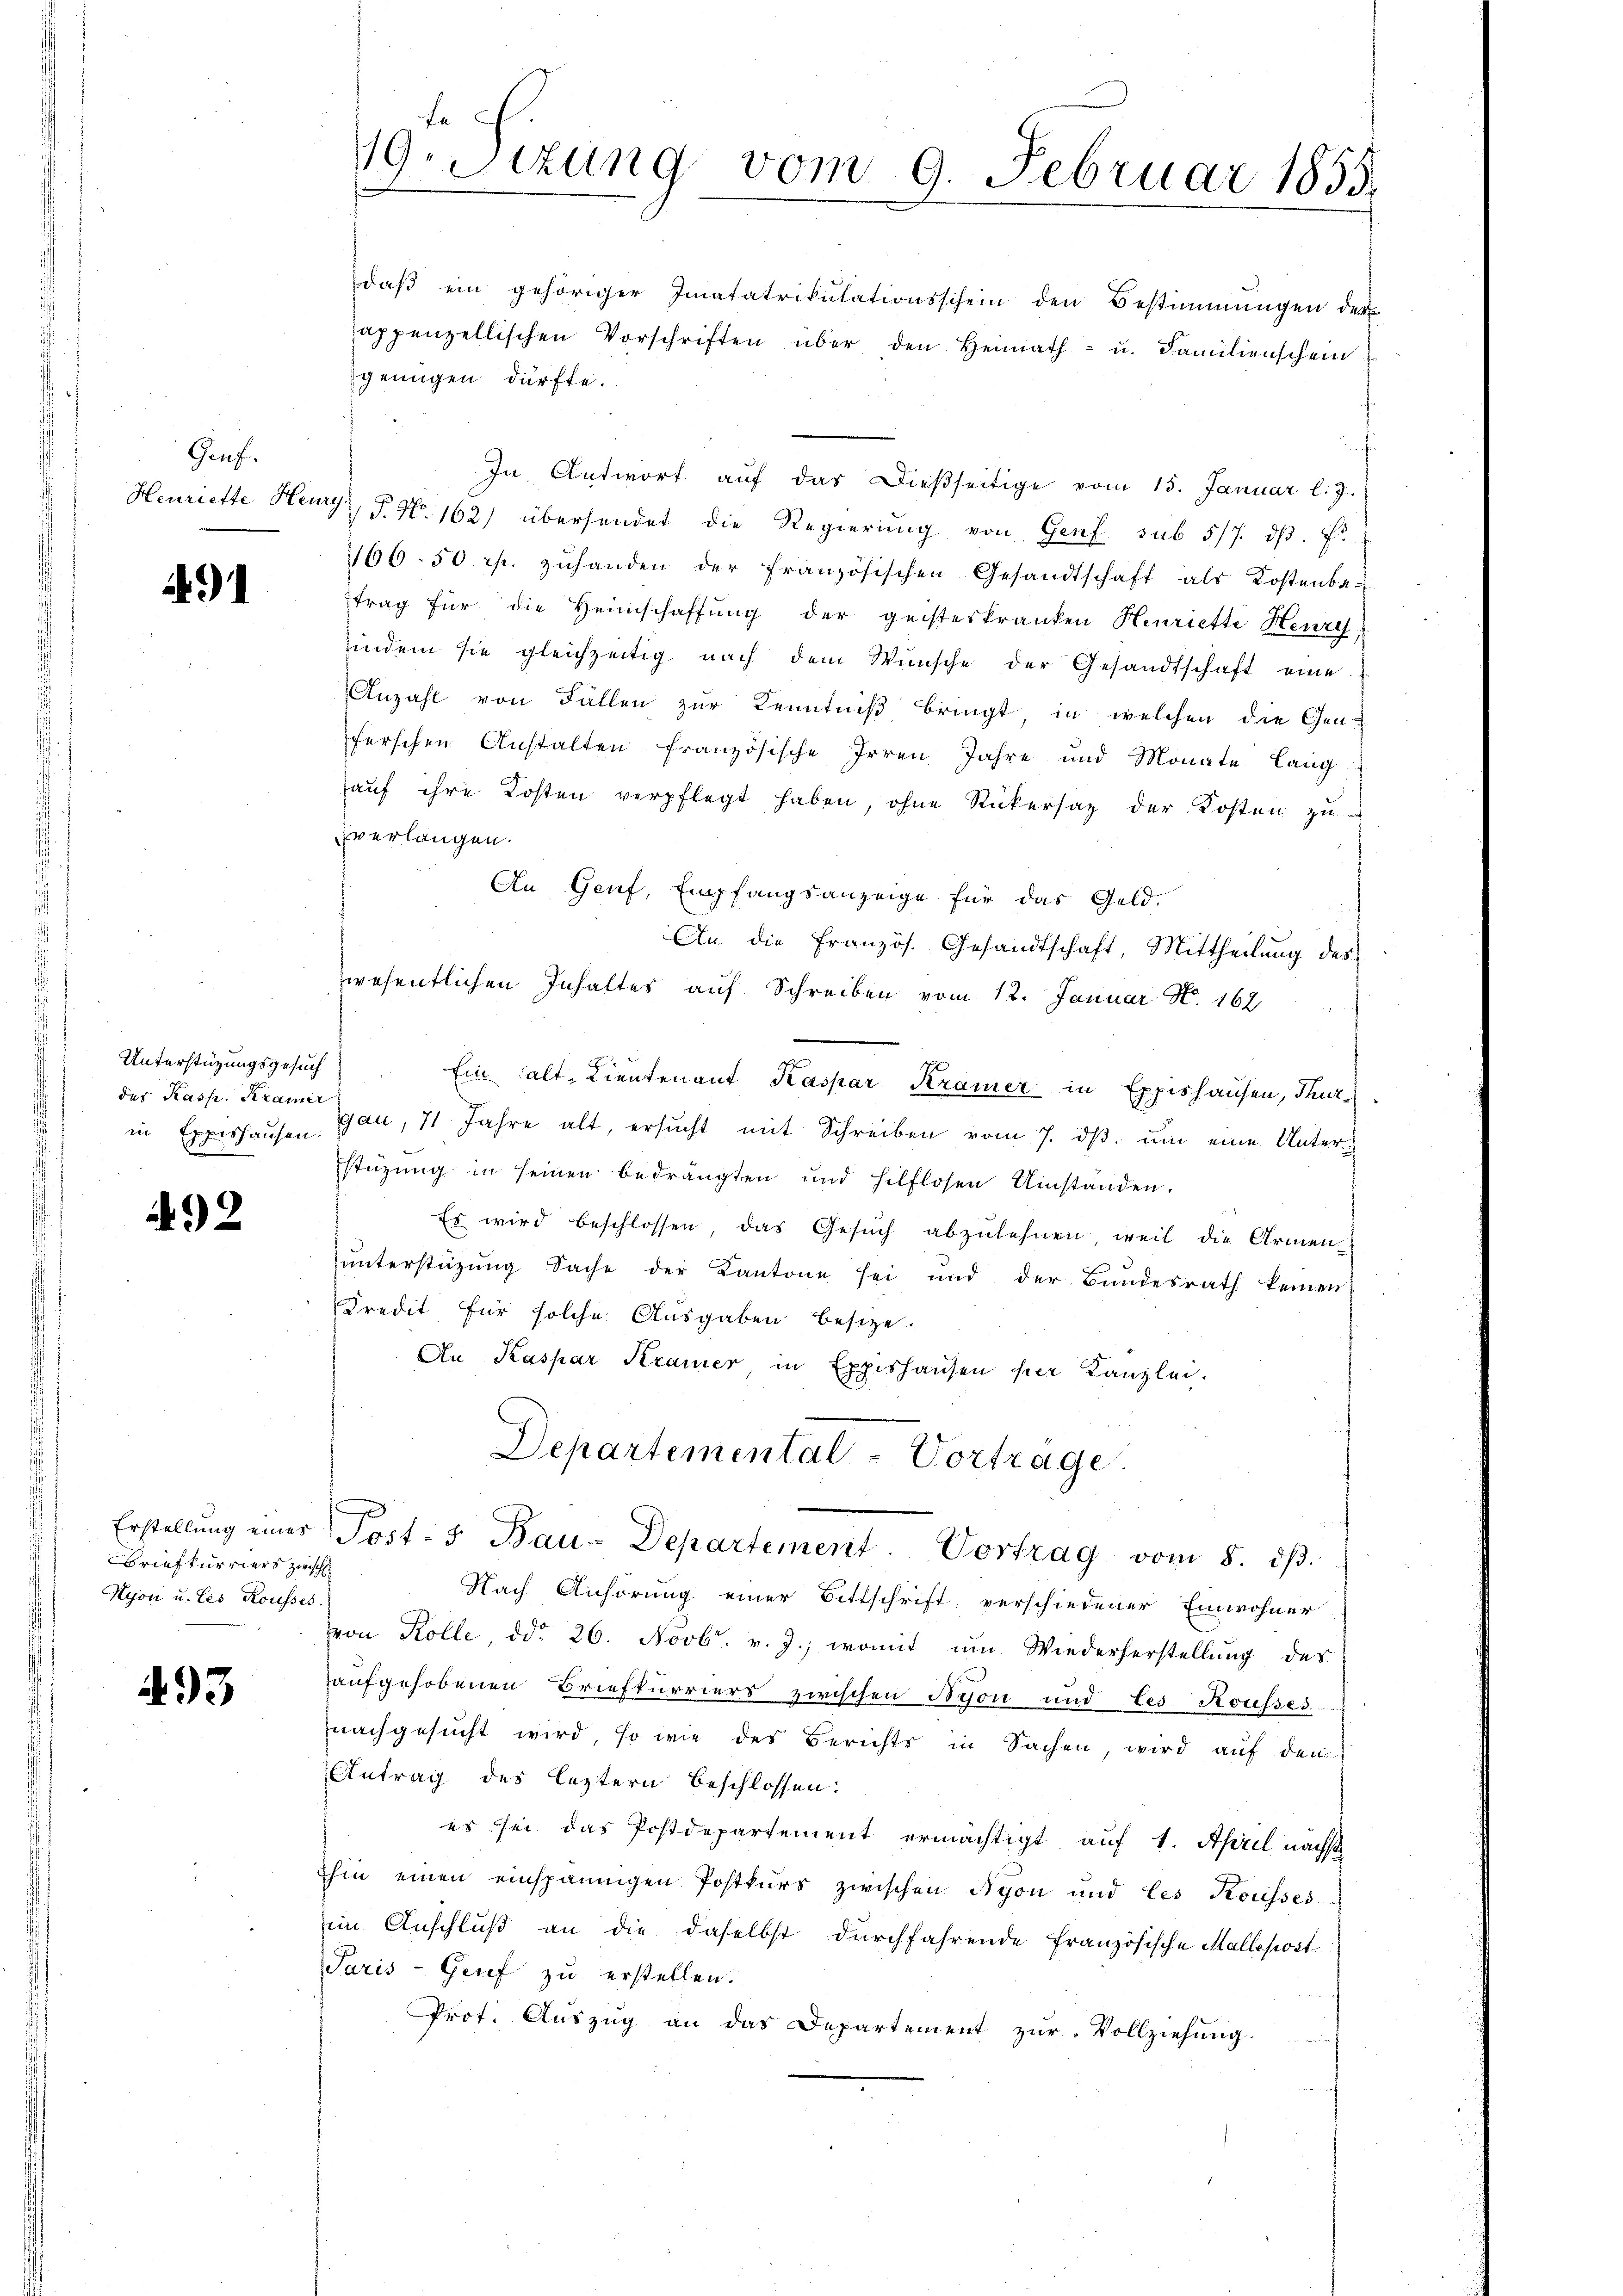
Genf.

9)

Unterstützungsgesuch
des Kasp. Kramer

92

Erstellung eines
Briefkurriers zwisch
Kyon u. les Rousses

493

19. Sizung vom 9. Februar 1855.

daß ein gehöriger Imatatrikulationsschein den Bestimmungen des
appenzellischen Vorschriften über den Heimath- u. Familienschein
genügen dürfte.
In Antwort aŭf das Dießseitige vom 15. Januar l. J.
Henriette Hewyz, P. Nr. 162) übersendet die Regierŭng von Genf sub 5/7. dβ. F.
166. 50 rp. zŭhanden der französischen Gesandtschaft als Kostenbar
trag für die Heimschaffung der geisteskranken Henriette Henry
indem sie gleichzeitig nach dem Wünsche der Gesandtschaft eine
Anzahl von Fällen zur Kenntniß bringt, in welchen die Gen-
ferschen Anstalten französische Irren Jahre und Monate langauf ihre Kosten verpflegt haben, ohne Rückersaz der Kosten zu
verlangen.
An Genf, Empfangsanzeige für das Geld-
An die französ. Gesandtschaft, Mittheilŭng des
wesentlichen Inhalter auf Schreiben vom 12. Januar N. 162
Ein alt, Lieutenant Kaspar Kramer in Expishausen, Thurin Expeshausen gan, 11 Jahre alt, ersŭcht mit Schreiben vom 7. dβ. ŭm eine Unterz
stüzung in seinen bedrängten und hilflosen Umstanden.
Es wird beschlossen, das Gesŭch abzulehnen, weil die Armen-
unterstüzung Sache der Kantone sei und der Bundesrath keinen
Kredit für solche Ausgaben besitze.
An Kaspar Kramer in Expishausen hier Kanzlei.
Departemental-Vortrage
Post. 5. Bau-Departement Vortrag vom 8. ds.
Nach Anhörung einer Bittschrift verschiedener Einwohner
von Kolle, ddo 26. Novbr. v. J., womit um Wiederherstellung des
aufgehobenen Briefturriers zwischen Nyon und les Kousses
nachgesucht wird, so wie des Berichts in Sachen, wird aŭf den
Antrag des leztern beschlossen:
es sei das Postdepartement ermächtigt auf 1. April nächst
ihin einen einspännigen Postkurs zwischen Nyon und les Kousses.
im Anschluß an die daselbst durchfahrende Französische Mallepost
Paris - Grief zu erstellen.
Prof. Aŭszŭg an das Departement zŭr Vollziehŭng.